Annual report of the Camel Specialist
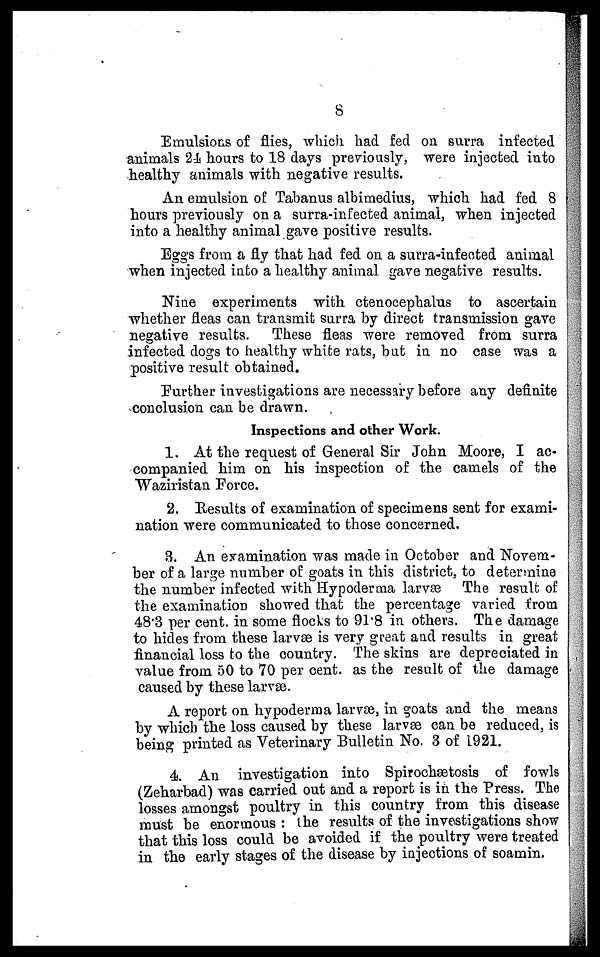
8
Emulsions of flies, which had fed on surra infected
animals 24 hours to 18 days previously, were injected into
healthy animals with negative results.
An emulsion of Tabanus albimedius, which had fed 8
hours previously on a surra-infected animal, when injected
into a healthy animal gave positive results.
Eggs from a fly that had fed on a surra-infected animal
when injected into a healthy animal gave negative results.
Nine experiments with ctenocephalus to ascertain
whether fleas can transmit surra by direct transmission gave
negative results. These fleas were removed from surra
infected dogs to healthy white rats, but in no case was a
positive result obtained.
Further investigations are necessary before any definite
conclusion can be drawn.
Inspections and other Work.
1. At the request of General Sir John Moore, I ac-
companied him on his inspection of the camels of the
Waziristan Force.
2. Results of examination of specimens sent for exami-
nation were communicated to those concerned.
3. An examination was made in October and Novem-
ber of a large number of goats in this district, to determine
the number infected with Hypoderma larvæ The result of
the examination showed that the percentage varied from
48.3 per cent. in some flocks to 91.8 in others. The damage
to hides from these larvæ is very great and results in great
financial loss to the country. The skins are depreciated in
value from 50 to 70 per cent. as the result of the damage
caused by these larvæ.
A report on hypoderma larvæ, in goats and the means
by which the loss caused by these larvæ can be reduced, is
being printed as Veterinary Bulletin No. 3 of 1921.
4. An investigation into Spirochætosis of fowls
(Zeharbad) was carried out and a report is in the Press. The
losses amongst poultry in this country from this disease
must be enormous : the results of the investigations show
that this loss could be avoided if the poultry were treated
in the early stages of the disease by injections of soamin.